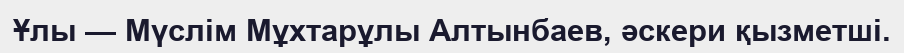
Ұлы — Мүслім Мұхтарұлы Алтынбаев, әскери қызметші.